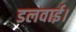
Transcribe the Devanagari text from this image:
डलवाई।